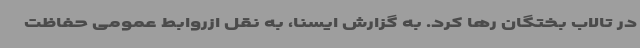
در تالاب بختگان رها کرد. به گزارش ایسنا، به نقل ازروابط عمومی حفاظت